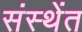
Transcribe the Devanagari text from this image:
संस्थेंत